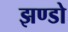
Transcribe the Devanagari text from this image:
झण्डो